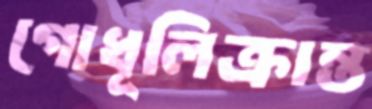
গোধূলিক্রান্ত